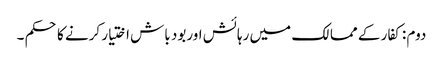
دوم : کفار کے ممالک میں رہائش اوربود باش اختیار کرنے کا حکم ۔